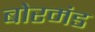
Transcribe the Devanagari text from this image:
बोरमंड